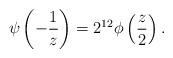
LaTeX: \begin{align*}\psi\left( -\frac{1}{z} \right) = 2^{12} \phi \left(\frac{z}{2} \right).\end{align*}